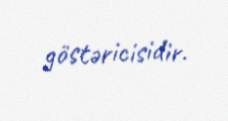
göstəricisidir.